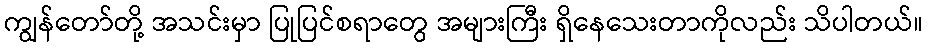
ကျွန်တော်တို့ အသင်းမှာ ပြုပြင်စရာတွေ အများကြီး ရှိနေသေးတာကိုလည်း သိပါတယ်။